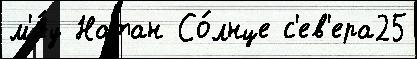
м'я́у Натан Со́лнце с'ев'ера25